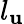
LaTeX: l_{\mathbf{u}}